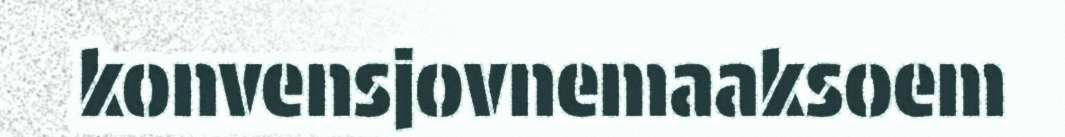
konvensjovnemaaksoem